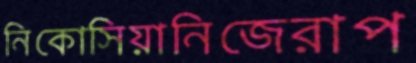
নিকোসিয়ানিজেরাপ